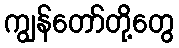
ကျွန်တော်တို့တွေ